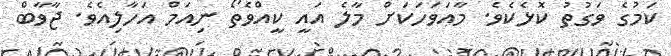
ކަމުގެ ވަގުތު ކޮޅެކެވެ. މާއަވަހަކަށް މާލެ އައީ ކީއްވެތޯ ނިއަމް އަހާލިއެވެ. ޖާވާބް